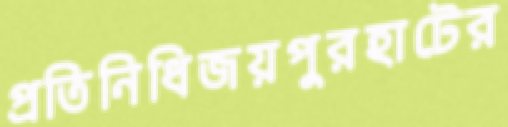
প্রতিনিধিজয়পুরহাটের